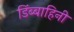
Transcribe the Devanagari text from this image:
डिंब्बाहिनी